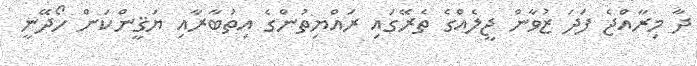
ދާ މިރާއްޖެ ފަދަ ޒުވާން ޖީލެއްގެ ތެރޭގައި ރައްޔިތުންގެ އިތުބާރާއި ޔަޤީންކަން ހޯދޭނީ